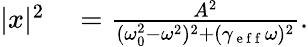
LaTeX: \begin{array}{rl}{\lvert x\rvert^{2}}&{{}=\frac{A^{2}}{(\omega_{0}^{2}-\omega^{2})^{2}+(\gamma_{\mathrm{~e~f~f~}}\omega)^{2}}.}\end{array}